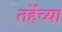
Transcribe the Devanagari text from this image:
तर्हेच्या